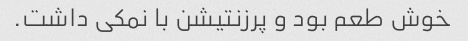
خوش طعم بود و پرزنتیشن با نمکی داشت.